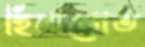
হিমালোত